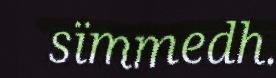
sïmmedh.